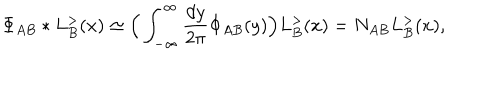
\Phi _ { A B } * L _ { B } ^ { > } ( x ) \simeq \Big ( \int _ { - \infty } ^ { \infty } \frac { d y } { 2 \pi } \Phi _ { A B } ( y ) \Big ) L _ { B } ^ { > } ( x ) = N _ { A B } L _ { B } ^ { > } ( x ) ,